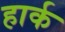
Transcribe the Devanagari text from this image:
हार्क